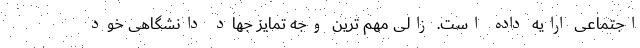
اجتماعی ارایه داده است. زالی مهم ترین وجه تمایز جهاد دانشگاهی خود